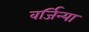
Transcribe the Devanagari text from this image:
वर्जिन्या